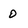
Character: O